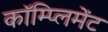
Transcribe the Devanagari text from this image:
कॉम्प्लिमेंट